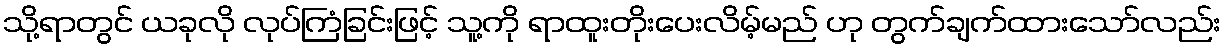
သို့ရာတွင် ယခုလို လုပ်ကြံခြင်းဖြင့် သူ့ကို ရာထူးတိုးပေးလိမ့်မည် ဟု တွက်ချက်ထားသော်လည်း